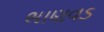
ભાણવડ